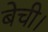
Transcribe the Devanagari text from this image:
बेची।